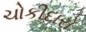
ચોકીદારો